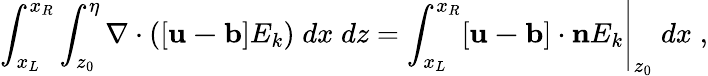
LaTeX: \int_{x_{L}}^{x_{R}}\int_{z_{0}}^{\eta}\nabla\cdot\left([\mathbf{u-b}]E_{k}\right)\; dx\; dz=\left.\int_{x_{L}}^{x_{R}}[\mathbf{u-b}]\cdot\mathbf{n}E_{k}\right|_{z_{0}}\; dx\; ,